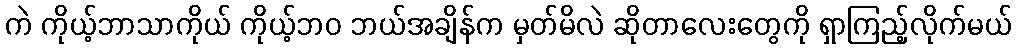
ကဲ ကိုယ့်ဘာသာကိုယ် ကိုယ့်ဘဝ ဘယ်အချိန်က မှတ်မိလဲ ဆိုတာလေးတွေကို ရှာကြည့်လိုက်မယ်